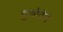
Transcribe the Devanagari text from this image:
दुओदेने